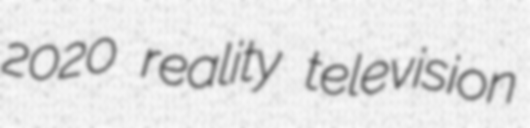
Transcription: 2020 reality television